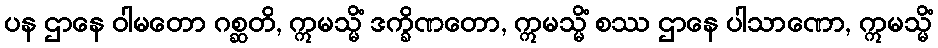
ပန ဌာနေ ဝါမတော ဂစ္ဆတိ, ဣမသ္မိံ ဒက္ခိဏတော, ဣမသ္မိံ စဿ ဌာနေ ပါသာဏော, ဣမသ္မိံ